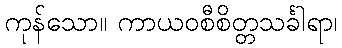
ကုန်သော။ ကာယဝစီစိတ္တသင်္ခါရာ၊